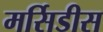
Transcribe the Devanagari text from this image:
मर्सिडीस